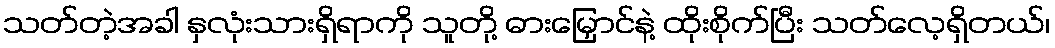
သတ်တဲ့အခါ နှလုံးသားရှိရာကို သူတို့ ဓားမြှောင်နဲ့ ထိုးစိုက်ပြီး သတ်လေ့ရှိတယ်၊